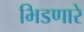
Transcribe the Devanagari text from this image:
भिडणारे